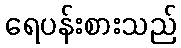
ရေပန်းစားသည်